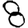
Digit: 8